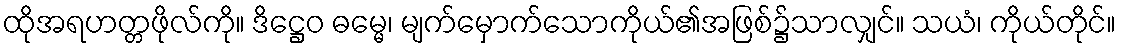
ထိုအရဟတ္တဖိုလ်ကို။ ဒိဋ္ဌေဝ ဓမ္မေ၊ မျက်မှောက်သောကိုယ်၏အဖြစ်၌သာလျှင်။ သယံ၊ ကိုယ်တိုင်။